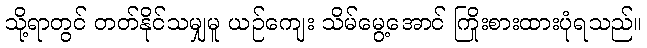
သို့ရာတွင် တတ်နိုင်သမျှမူ ယဉ်ကျေး သိမ်မွေ့အောင် ကြိုးစားထားပုံရသည်။